Insane asylums Bombay 1873-77 - 1873-1877
Year: 1873
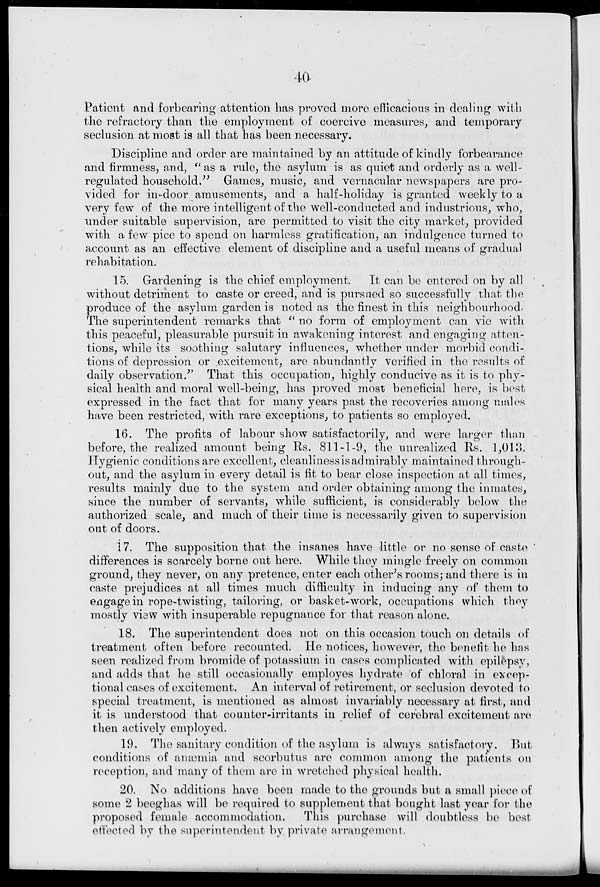
40
Patient and forbearing attention has proved more efficacious in dealing with
the refractory than the employment of coercive measures, and temporary
seclusion at most is all that has been necessary.
Discipline and order are maintained by an attitude of kindly forbearance
and firmness, and, "as a rule, the asylum is as quiet and orderly as a well-
regulated household." Games, music, and vernacular newspapers are pro-
vided for in-door amusements, and a half-holiday is granted weekly to a
very few of the more intelligent of the well-conducted and industrious, who,
under suitable supervision, are permitted to visit the city market, provided
with a few pice to spend on harmless gratification, an indulgence turned to
account as an effective element of discipline and a useful means of gradual
rehabitation.
15. Gardening is the chief employment.
It can be entered on by all
without detriment to caste or creed, and is pursued so successfully that the
produce of the asylum garden is noted as the finest in this neighbourhood.
The superintendent remarks that "no form of employment can vie with
this peaceful, pleasurable pursuit in awakening interest and engaging atten-
tions, while its soothing salutary influences, whether under morbid condi-
tions of depression or excitement, are abundantly verified in the results of
daily observation." That this occupation, highly conducive as it is to phy-
sical health and moral well-being, has proved most beneficial here, is best
expressed in the fact that for many years past the recoveries among males
have been restricted, with rare exceptions, to patients so employed.
16. The profits of labour show satisfactorily, and were larger than
before, the realized amount being Rs. 811-1-9, the unrealized Rs. 1,013.
Hygienic conditions are excellent, cleanliness is admirably maintained through-
out, and the asylum in every detail is fit to bear close inspection at all times,
results mainly due to the system and order obtaining among the inmates,
since the number of servants, while sufficient, is considerably below the
authorized scale, and much of their time is necessarily given to supervision
out of doors.
17. The supposition that the insanes have little or no sense of caste
differences is scarcely borne out here. While they mingle freely on common
ground, they never, on any pretence, enter each other's rooms; and there is in
caste prejudices at all times much difficulty in inducing any of them to
engage in rope-twisting, tailoring, or basket-work, occupations which they
mostly view with insuperable repugnance for that reason alone.
18. The superintendent does not on this occasion touch on details of
treatment often before recounted. He notices, however, the benefit he has
seen realized from bromide of potassium in cases complicated with epilepsy,
and adds that he still occasionally employes hydrate of chloral in excep-
tional cases of excitement. An interval of retirement, or seclusion devoted to
special treatment, is mentioned as almost invariably necessary at first, and
it is understood that counter-irritants in relief of cerebral excitement are
then actively employed.
19. The sanitary condition of the asylum is always satisfactory. But
conditions of anæmia and scorbutus are common among the patients on
reception, and many of them are in wretched physical health.
20. No additions have been made to the grounds but a small piece of
some 2 beeghas will be required to supplement that bought last year for the
proposed female accommodation.
This purchase will doubtless be best
effected by the superintendent by private arrangement.